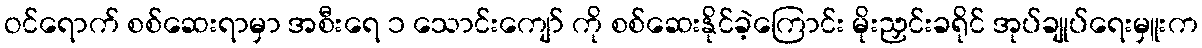
ဝင်ရောက် စစ်ဆေးရာမှာ အစီးရေ ၁ သောင်းကျော် ကို စစ်ဆေးနိုင်ခဲ့ကြောင်း မိုးညှင်းခရိုင် အုပ်ချုပ်ရေးမှူးက